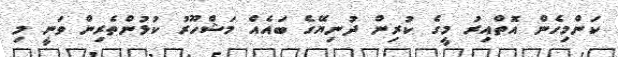
ކަންމިހެން އޮތްއިރު މީގެ ކުރިން ދުނިޔޭގެ ބައެއް މަޝްހޫރު ކުޅުންތެރިން ވަނީ މި